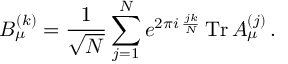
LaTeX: B _ { \mu } ^ { ( k ) } = { \frac { 1 } { \sqrt { N } } } \sum _ { j = 1 } ^ { N } e ^ { 2 \pi i \, { \frac { j k } { N } } } \, \mathrm { T r } \, A _ { \mu } ^ { ( j ) } \, .